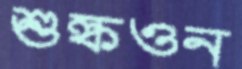
শুল্কওন